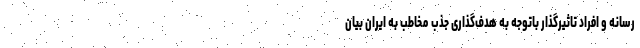
رسانه و افراد تاثیرگذار باتوجه ‌به هدف‌گذاری جذب مخاطب به ایران بیان